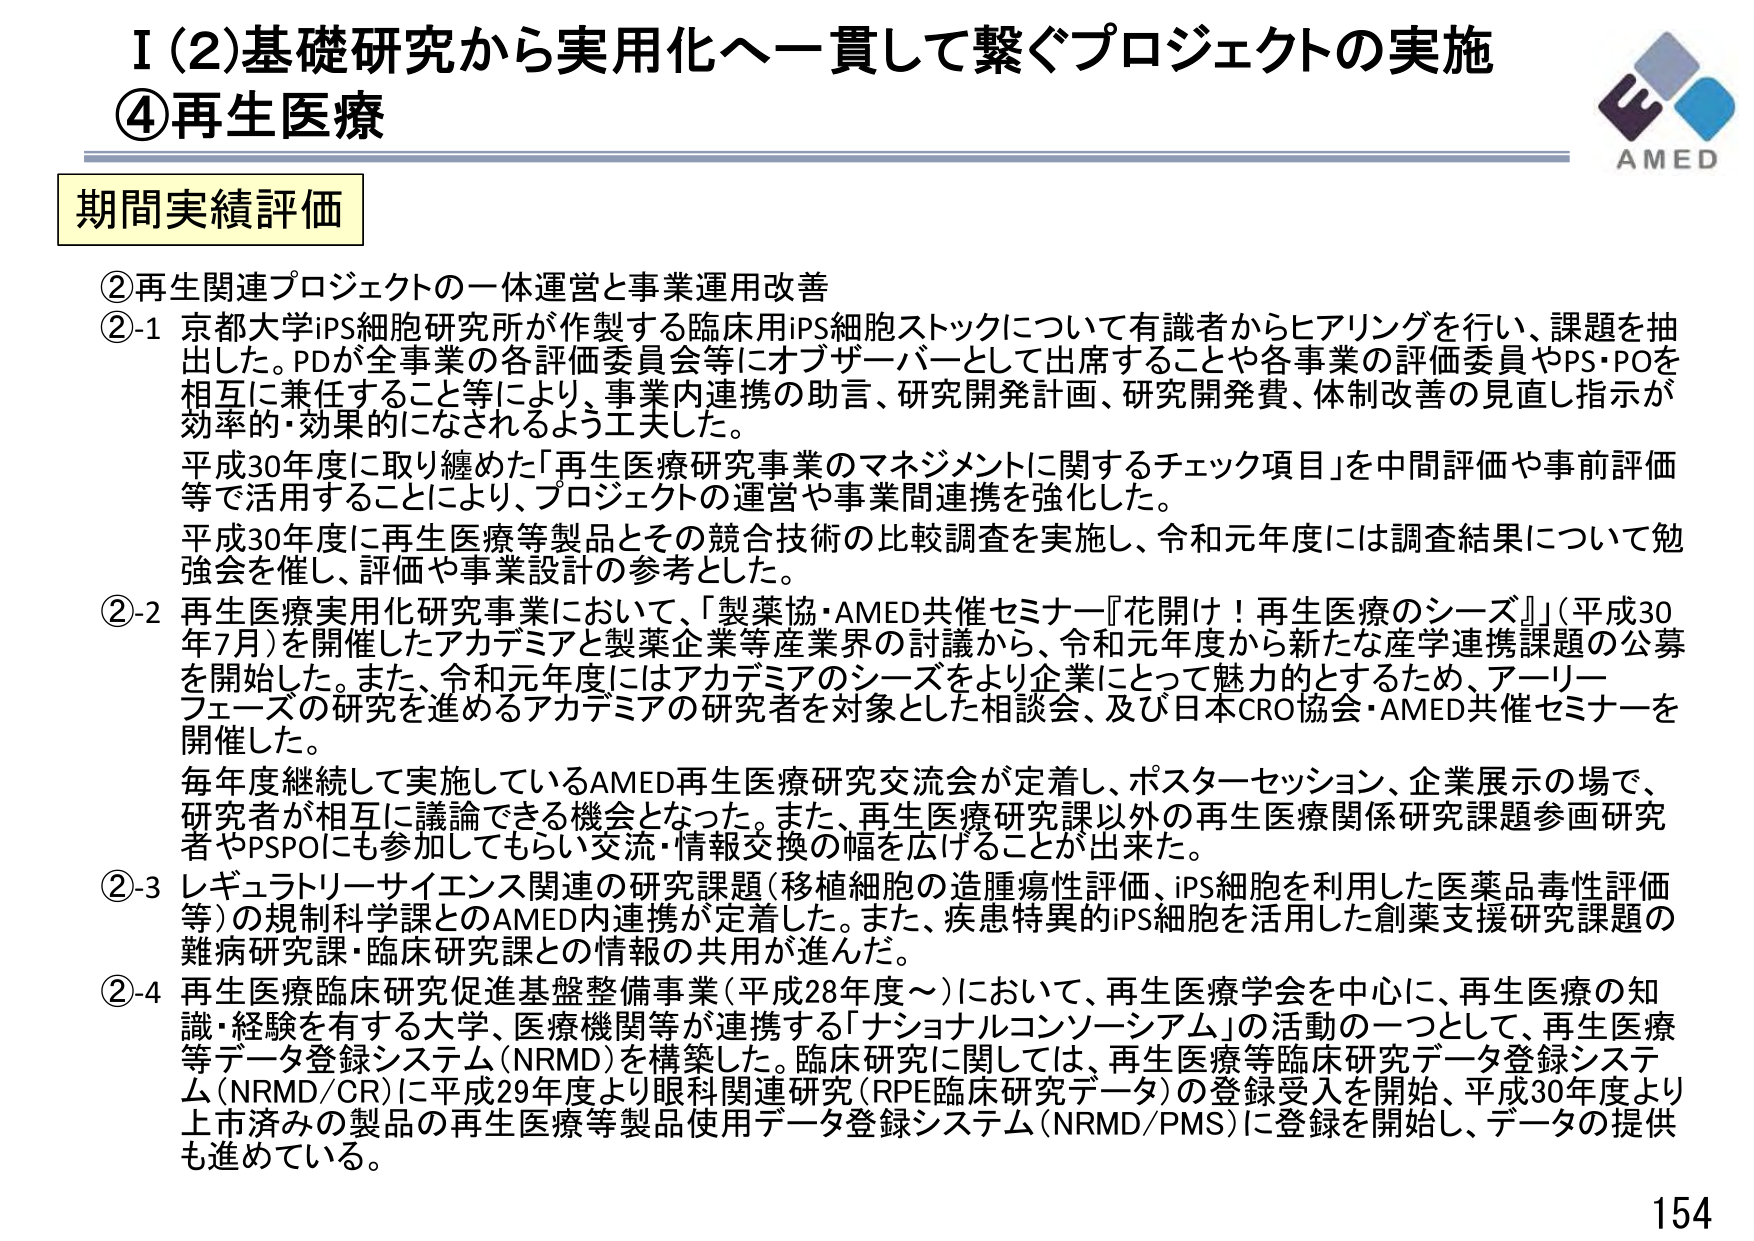
I（2）基礎研究から実用化へー貫して繋ぐプロジェクトの実施
④再生医療

期間実績評価

②再生関連プロジェクトの一休運営と事業運用改善
②-1 京都大学iPS細胞研究所が作製する臨床用iPS細胞ストックについて有識者からヒアリングを行い、課題を抽出した。PDが全事業の各評価委員会等にオブザーバーとして出席することや各事業の評価委員やPS・POを相互に兼任すること等により、事業内連携の助言、研究開発計画、研究開発費、体制改善の見直し指示が効率的・効果的になされるよう工夫した。
平成30年度に取り纏めた「再生医療研究事業のマネジメントに関するチェック項目」を中間評価や事前評価等で活用することにより、プロジェクトの運営や事業間連携を強化した。
平成30年度に再生医療等製品とその競合技術の比較調査を実施し、令和元年度には調査結果について勉強会を催し、評価や事業設計の参考とした。

②-2 再生医療実用化研究事業において、「製薬協・AMED共催セミナー『花開け！再生医療のシーズ』」（平成30年7月）を開催したアカデミアと製薬企業等産業界の討議から、令和元年度から新たな産学連携課題の公募を開始した。また、令和元年度にはアカデミアのシーズをより企業にとって魅力的とするため、アーリーフェーズの研究を進めるアカデミアの研究者を対象とした相談会、及び日本CRO協会・AMED共催セミナーを開催した。
毎年度継続して実施しているAMED再生医療研究交流会が定着し、ポスターセッション、企業展示の場で、研究者が相互に議論できる機会となった。また、再生医療研究課以外の再生医療関係研究課題参画研究者やPSPOにも参加してもらい交流・情報交換の幅を広げることが出来た。

②-3 レギュラトリーサイエンス関連の研究課題（移植細胞の造腫瘍性評価、iPS細胞を利用した医薬品毒性評価等）の規制科学課とのAMED内連携が定着した。また、疾患特異的iPS細胞を活用した創薬支援研究課題の難病研究課・臨床研究課との情報の共用が進んだ。

②-4 再生医療臨床研究促進基盤整備事業（平成28年度～）において、再生医療学会を中心に、再生医療の知識・経験を有する大学、医療機関等が連携する「ナショナルコンソーシアム」の活動の一つとして、再生医療等データ登録システム（NRMD）を構築した。臨床研究に関しては、再生医療等臨床研究データ登録システム（NRMD/CR）に平成29年度より眼科関連研究（RPE臨床研究データ）の登録受入を開始、平成30年度より上市済みの製品の再生医療等製品使用データ登録システム（NRMD/PMS）に登録を開始し、データの提供も進めている。

AMED
154